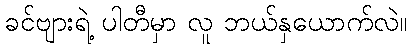
ခင်ဗျားရဲ့ ပါတီမှာ လူ ဘယ်နှယောက်လဲ။